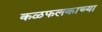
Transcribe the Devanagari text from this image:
कळफलकाच्या